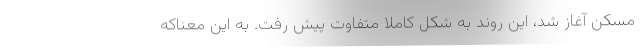
مسکن آغاز شد، این روند به شکل کاملا متفاوت پیش ‌رفت. به این معناکه